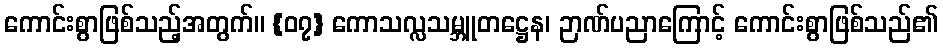
ကောင်းစွာဖြစ်သည့်အတွက်။ {၀၇} ကောသလ္လသမ္ဘူတဋ္ဌေန၊ ဉာဏ်ပညာကြောင့် ကောင်းစွာဖြစ်သည်၏